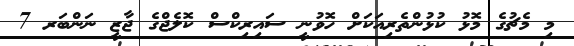
މި މެޗުގެ މޮޅު ކުޅުންތެރިއަކަށް ހޮވުނީ ސައިރިކްސް ކޮލެޖްގެ ޖާޒީ ނަންބަރ 7